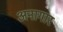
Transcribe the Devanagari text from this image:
अनागार